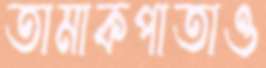
তামাকপাতাও